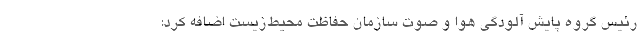
رئیس گروه پایش آلودگی هوا و صوت سازمان حفاظت محیط‌زیست اضافه کرد: